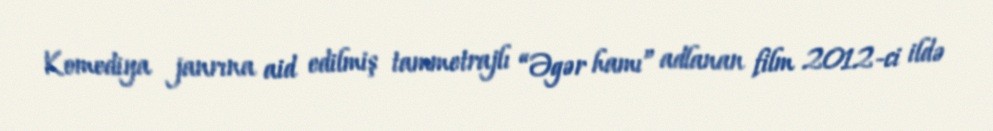
Komediya janrına aid edilmiş tammetrajlı “Əgər hamı” adlanan film 2012-ci ildə